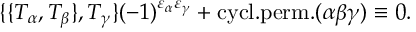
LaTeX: \{ \{ T _ { \alpha } , T _ { \beta } \} , T _ { \gamma } \} ( - 1 ) ^ { \varepsilon _ { \alpha } \varepsilon _ { \gamma } } + \mathrm { c y c l . p e r m . } ( \alpha \beta \gamma ) \equiv 0 .